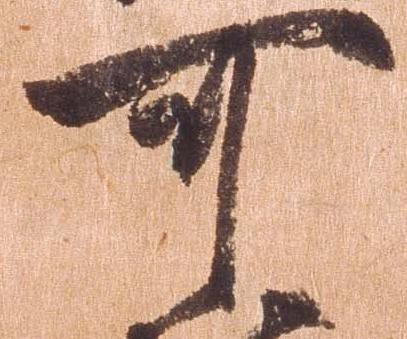
可